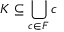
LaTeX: K \subseteq \bigcup _ { c \in F } c